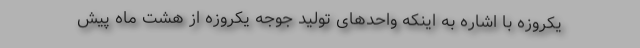
یکروزه با اشاره به اینکه واحدهای تولید جوجه یکروزه از هشت ماه پیش